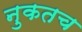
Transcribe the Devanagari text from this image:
नुकतच